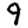
Digit: 9